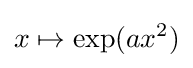
x\mapsto \exp(ax^{2})